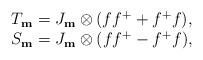
LaTeX: \begin{align*}\begin {array}{cccc}T_{\bf m}=J_{\bf m}\otimes(ff^++f^+f),\\S_{\bf m}=J_{\bf m}\otimes(ff^+-f^+f),\\\end{array}\end{align*}